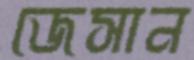
জেসান